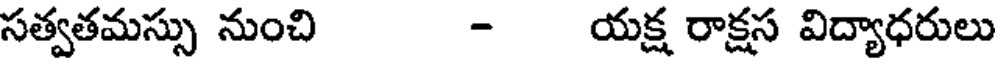
సత్వతమస్సు నుంచి - యక్ష రాక్షస విద్యాధరులు